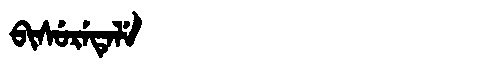
Manchu: ᠪᡳᠰᡠᡵᡝᡨᡝᠯᡝ
Romanization: BISURETELE